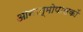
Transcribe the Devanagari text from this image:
आनात्मोपासकों